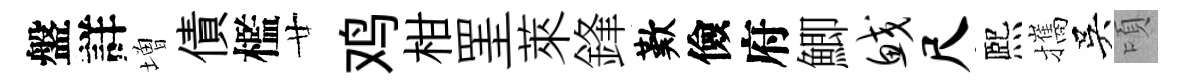
盤詳増債檻廿鸡柑罣萊鋒歎儉府鯽鲛尺熈攜吳頃